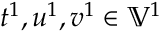
t ^ { 1 } , u ^ { 1 } , v ^ { 1 } \in \mathbb { V } ^ { 1 }